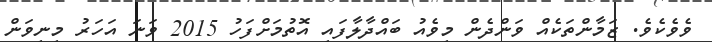
ވެވެކެވެ. ޒަމާންތަކެއް ވަންދެން މިވެއު ބައްދާލާފައި އޮތުމަށްފަހު 2015 ވަނަ އަހަރު މިނިވަން